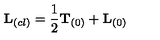
{ \bf L } _ { ( c l ) } = \frac { 1 } { 2 } { \bf T } _ { ( 0 ) } + { \bf L } _ { ( 0 ) }